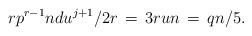
LaTeX: \begin{align*} rp^{r-1}ndu^{j+1}/2r\,=\,3run\,=\, qn/5.\end{align*}